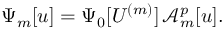
\Psi _ { m } [ u ] = \Psi _ { 0 } [ U ^ { ( m ) } ] \, \mathcal { A } _ { m } ^ { p } [ u ] .